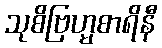
သုစိဗြဟ္မစာရိနီ